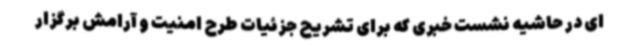
ای در حاشیه نشست خبری که برای تشریح جزئیات طرح امنیت و آرامش برگزار